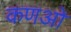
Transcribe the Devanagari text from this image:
कणओ